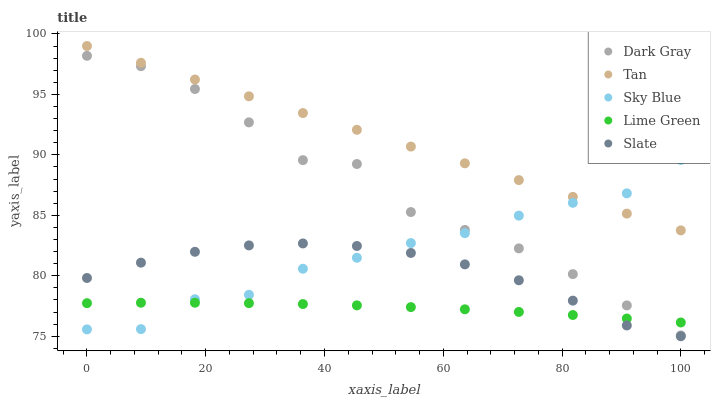
| xaxis_label | Dark Gray | Tan | Sky Blue | Lime Green | Slate |
 | --- | --- | --- | --- | --- | --- |
 | 0 | 98.2 | 99 | 75.6 | 77.7 | 79.8 |
 | 9.09 | 97.3 | 97.6 | 75.6 | 77.8 | 81.1 |
 | 18.2 | 95.4 | 96.2 | 78.1 | 77.8 | 82 |
 | 27.3 | 92.7 | 94.8 | 78.4 | 77.7 | 82.5 |
 | 36.4 | 89.6 | 93.5 | 80.6 | 77.7 | 82.7 |
 | 45.5 | 89.2 | 92.1 | 81.5 | 77.6 | 82.5 |
 | 54.5 | 85.3 | 90.7 | 82.7 | 77.4 | 81.9 |
 | 63.6 | 83.8 | 89.3 | 83.5 | 77.2 | 80.9 |
 | 72.7 | 82.3 | 87.9 | 85 | 77 | 79.6 |
 | 81.8 | 80.1 | 86.5 | 86 | 76.8 | 77.9 |
 | 90.9 | 77.6 | 85.1 | 86.8 | 76.5 | 75.9 |
 | 100 | 75.1 | 83.8 | 89.6 | 76.1 | 75 |